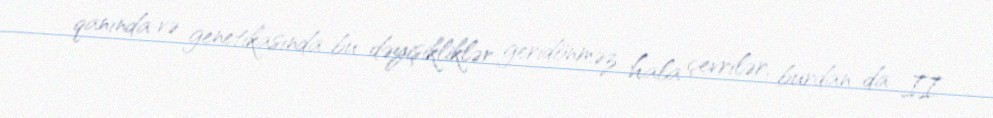
qanında və genetikasında bu dəyişikliklər geridönməz hala çevrilər, burdan da II